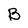
Character: B